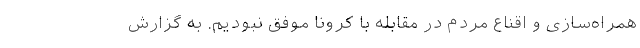
همراه‌سازی و اقناع مردم در مقابله با کرونا موفق نبودیم. به گزارش